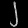
Digit: ၂